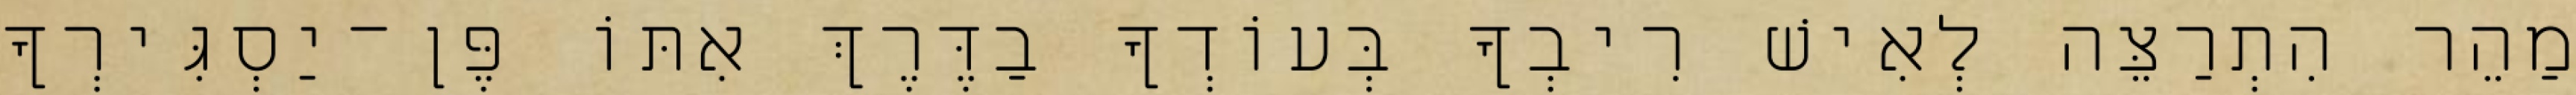
מַהֵר הִתְרַצֵּה לְאִישׁ רִיבְךָ בְּעוֹדְךָ בַדֶּרֶךְ אִתּוֹ פֶּן־יַסְגִּירְךָ